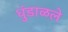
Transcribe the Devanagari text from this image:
धुंडाळले